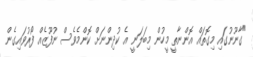
"ގާނޫނުގައި މިގޮތައް އޮންނާތީ މީހުން މިބަލަނީ އެ ކުދިންނަށް ކޮންމެވެސް ނުފޫޒެއް ފޯރުވައިގެން